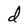
Character: d